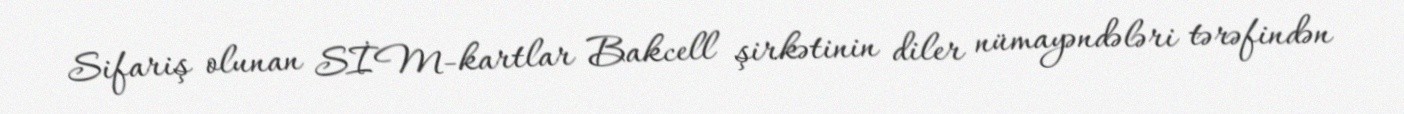
Sifariş olunan SİM-kartlar Bakcell şirkətinin diler nümayəndələri tərəfindən